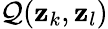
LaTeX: \mathcal{Q}(\mathbf{{z}}_{k},\mathbf{{z}}_{l})